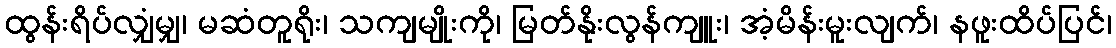
ထွန်းရိပ်လျှံမျှ၊ မဆံတူရိုး၊ သကျမျိုးကို၊ မြတ်နိုးလွန်ကျူး၊ အံ့မိန်းမူးလျက်၊ နဖူးထိပ်ပြင်၊